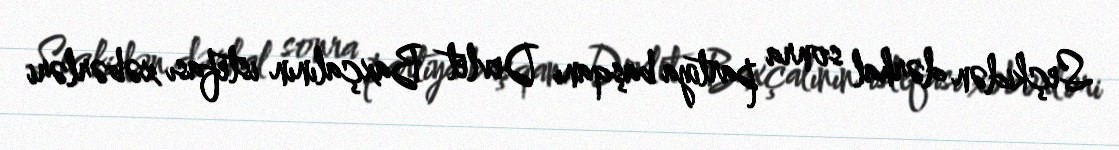
Seçkidən dərhal sonra partiya başqanı Devlet Baxçalının istefası xəbərləri